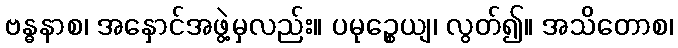
ဗန္ဓနာစ၊ အနှောင်အဖွဲ့မှလည်း။ ပမုဉ္စေယျ၊ လွတ်၍။ အသိတောစ၊